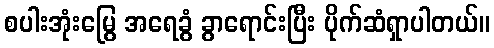
စပါးအုံးမြွေ အရေခွံ ခွာရောင်းပြီး ပိုက်ဆံရှာပါတယ်။